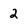
Character: 2